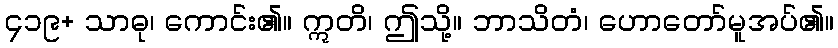
၄၁၉+ သာဓု၊ ကောင်း၏။ ဣတိ၊ ဤသို့။ ဘာသိတံ၊ ဟောတော်မူအပ်၏။